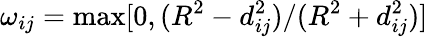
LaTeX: \omega_{ij}=\mathrm{max}[0,(R^{2}-d_{ij}^{2})/(R^{2}+d_{ij}^{2})]